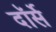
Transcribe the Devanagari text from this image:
दॉर्से